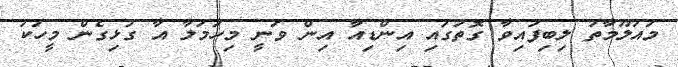
މައުލޫމާތު ލިބިފައިވާ ގޮތުގައި އިންޑިއާ އިން ވަނީ މިހަމަލާ އާ ގުޅިގެން މީހަކު